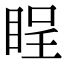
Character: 睈